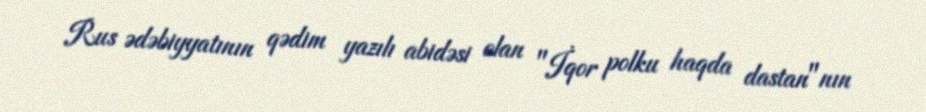
Rus ədəbiyyatının qədim yazılı abidəsi olan "İqor polku haqda dastan"nın